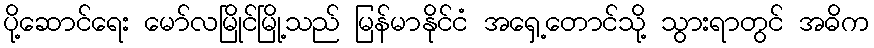
ပို့ဆောင်ရေး မော်လမြိုင်မြို့သည် မြန်မာနိုင်ငံ အရှေ့တောင်သို့ သွားရာတွင် အဓိက